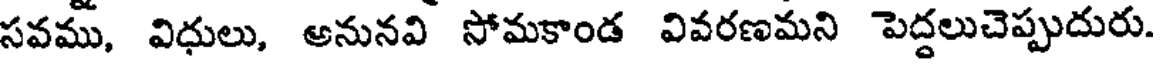
సవము, విధులు, అనునవి సోమకాండ వివరణమని పెద్దలుచెప్పుదురు.